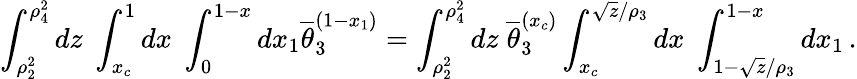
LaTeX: \int_{\rho_{2}^{2}}^{\rho_{4}^{2}}dz\; \int_{x_{c}}^{1}dx\; \int_{0}^{1-x}dx_{1}\overline{{{\theta}}}_{3}^{(1-x_{1})}=\int_{\rho_{2}^{2}}^{\rho_{4}^{2}}dz\; \overline{{{\theta}}}_{3}^{(x_{c})}\int_{x_{c}}^{\sqrt{z}/\rho_{3}}dx\; \int_{1-\sqrt{z}/\rho_{3}}^{1-x}dx_{1}\, .